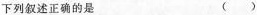
下列叙述正确的是 ()